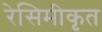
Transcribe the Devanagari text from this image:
रेसिमीकृत